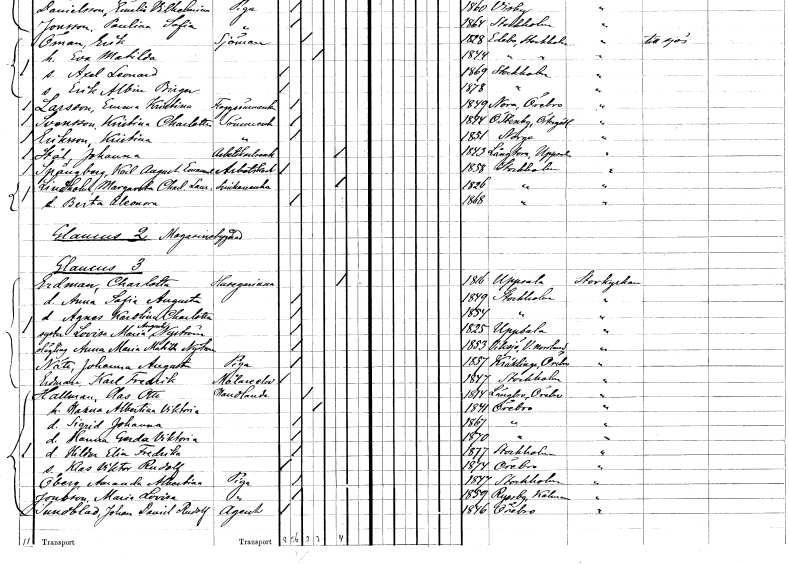
gt_parse: households: individuals: FN: Kristina
EN: Eriksson
YRKE: Sömmerska
KON: K
CIV: O
FODAR: 1851
FN: Johanna
EN: Stål
YRKE: Arbetskarlsänka
KON: K
CIV: E
FODAR: 1843
FODFORS: Långtora Uppsala län
FN: Karl August Emanuel
EN: Spångberg
YRKE: Arbetskarl
KON: M
CIV: O
FODAR: 1858
FODFORS: Stockholm
FN: Margareta Charlotta Laurentina
EN: Lindholm
YRKE: Snickaränka
KON: K
CIV: E
FODAR: 1826
FODFORS: Stockholm
FN: Berta Eleonora
KON: K
CIV: O
FODAR: 1868
FODFORS: Stockholm
FN: Charlotta
EN: Erdman
YRKE: Husägarinna
KON: K
CIV: E
FODAR: 1816
FODFORS: Uppsala Uppsala län
FN: Anna Sofia Augusta
KON: K
CIV: O
FODAR: 1849
FODFORS: Stockholm
FN: Agnes Karolina Charlotta
KON: K
CIV: O
FODAR: 1854
FODFORS: Stockholm
FN: Lovisa Maria
EN: Nyström
KON: K
CIV: O
FODAR: 1825
FODFORS: Uppsala Uppsala län
FN: Anna Maria Matilda
EN: Nyström
KON: K
CIV: O
FODAR: 1853
FODFORS: Viksjö Västernorrlands län
FN: Johanna Augusta
EN: Näte
YRKE: Piga
KON: K
CIV: O
FODAR: 1857
FODFORS: Kräcklinge Örebro län
FN: Karl Fredrik
EN: Erdman
YRKE: Målareelev
KON: M
CIV: O
FODAR: 1847
FODFORS: Stockholm
FN: Clas Otto
EN: Hallman
YRKE: Handlande
KON: M
CIV: G
FODAR: 1814
FODFORS: Längbro Örebro län
FN: Karna Albertina Viktoria
KON: K
CIV: G
FODAR: 1841
FODFORS: Örebro Örebro län
FN: Sigrid Johanna
KON: K
CIV: O
FODAR: 1867
FODFORS: Örebro Örebro län
FN: Hanna Gerda Viktoria
KON: K
CIV: O
FODAR: 1870
FODFORS: Örebro Örebro län
FN: Hilda Elin Fredrika
KON: K
CIV: O
FODAR: 1877
FODFORS: Stockholm
FN: Klas Viktor Rudolf
KON: M
CIV: O
FODAR: 1874
FODFORS: Örebro Örebro län
FN: Amanda Albertina
EN: Öberg
YRKE: Piga
KON: K
CIV: O
FODAR: 1847
FODFORS: Stockholm
FN: Maria Lovisa
EN: Jonsson
YRKE: Piga
KON: K
CIV: O
FODAR: 1859
FODFORS: Ryssby Kalmar län
FN: Johan Daniel Rudolf
EN: Sundblad
YRKE: Agent
KON: M
CIV: O
FODAR: 1846
FODFORS: Örebro Örebro län